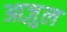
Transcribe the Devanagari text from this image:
आज़ुल